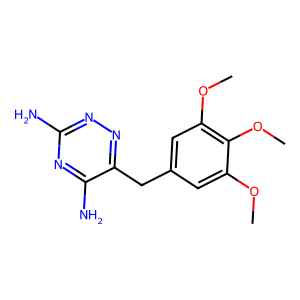
SMILES: COc1cc(Cc2nnc(N)nc2N)cc(OC)c1OC
Inhibits HIV replication: No